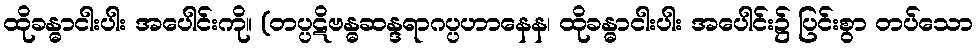
ထိုခန္ဓာငါးပါး အပေါင်းကို။ (တပ္ပဋိဗန္ဓဆန္ဒရာဂပ္ပဟာနေန၊ ထိုခန္ဓာငါးပါး အပေါင်း၌ ပြင်းစွာ တပ်သော